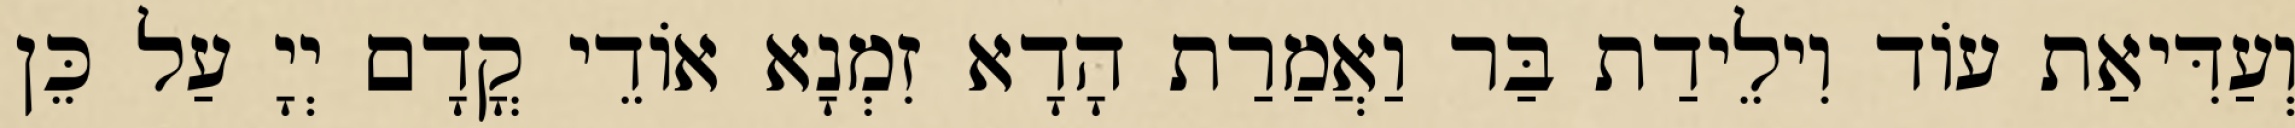
וְעַדִּיאַת עוֹד וִילֵידַת בַּר וַאֲמַרַת הָדָא זִמְנָא אוֹדֵי קֳדָם יְיָ עַל כֵּן